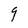
Character: g